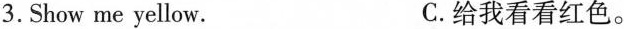
3. Show me yellow. C.给我看看红色。